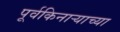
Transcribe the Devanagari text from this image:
पूर्वकिनाऱ्याच्या